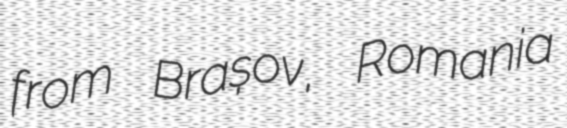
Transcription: from Brașov, Romania